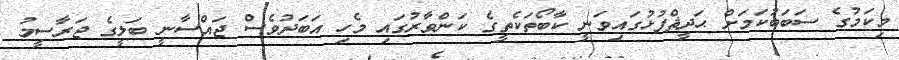
މިކަމުގެ ސަބަބުކަމަށް ޙަދީޘްފުޅުގައިވަނީ ކާބޯތަކެތީގެ ކަންވާރުގައި މެހި އަބަދުވެސް ޖައްސާނީ ބަލީގެ ޖަރާސީމު